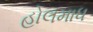
હોલમાધ